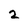
Character: 2